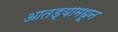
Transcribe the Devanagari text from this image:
आतड्यामधून